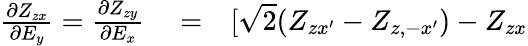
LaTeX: \begin{array}{rlr}{\frac{\partial Z_{zx}}{\partial E_{y}}=\frac{\partial Z_{zy}}{\partial E_{x}}}&{{}=}&{[\sqrt{2}(Z_{zx^{\prime}}-Z_{z,-x^{\prime}})-Z_{zx}}\end{array}